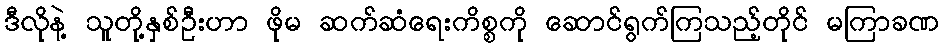
ဒီလိုနဲ့ သူတို့နှစ်ဦးဟာ ဖိုမ ဆက်ဆံရေးကိစ္စကို ဆောင်ရွက်ကြသည့်တိုင် မကြာခဏ